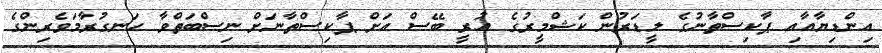
އިންޑިޔާއާއި ޕާކިސްތާނުގެ ލީޑަރުން ކަޝްމީރުގެ އުރީ ބޭސް އަށް ޕާކިސްތާނަށް ނިސްބަތްވާ ހަނގުރާމަވެރިންގެ